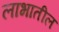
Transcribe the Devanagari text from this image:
लाभातील